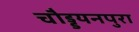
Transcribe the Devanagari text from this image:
चौड्डयनपुरा